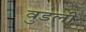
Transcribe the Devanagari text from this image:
वुडली